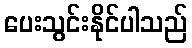
ပေးသွင်းနိုင်ပါသည်